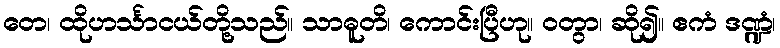
တေ၊ ထိုဟင်္သာငယ်တို့သည်။ သာဓူတိ၊ ကောင်းပြီဟု။ ဝတွာ၊ ဆို၍။ ဧကံ ဒဏ္ဍံ၊